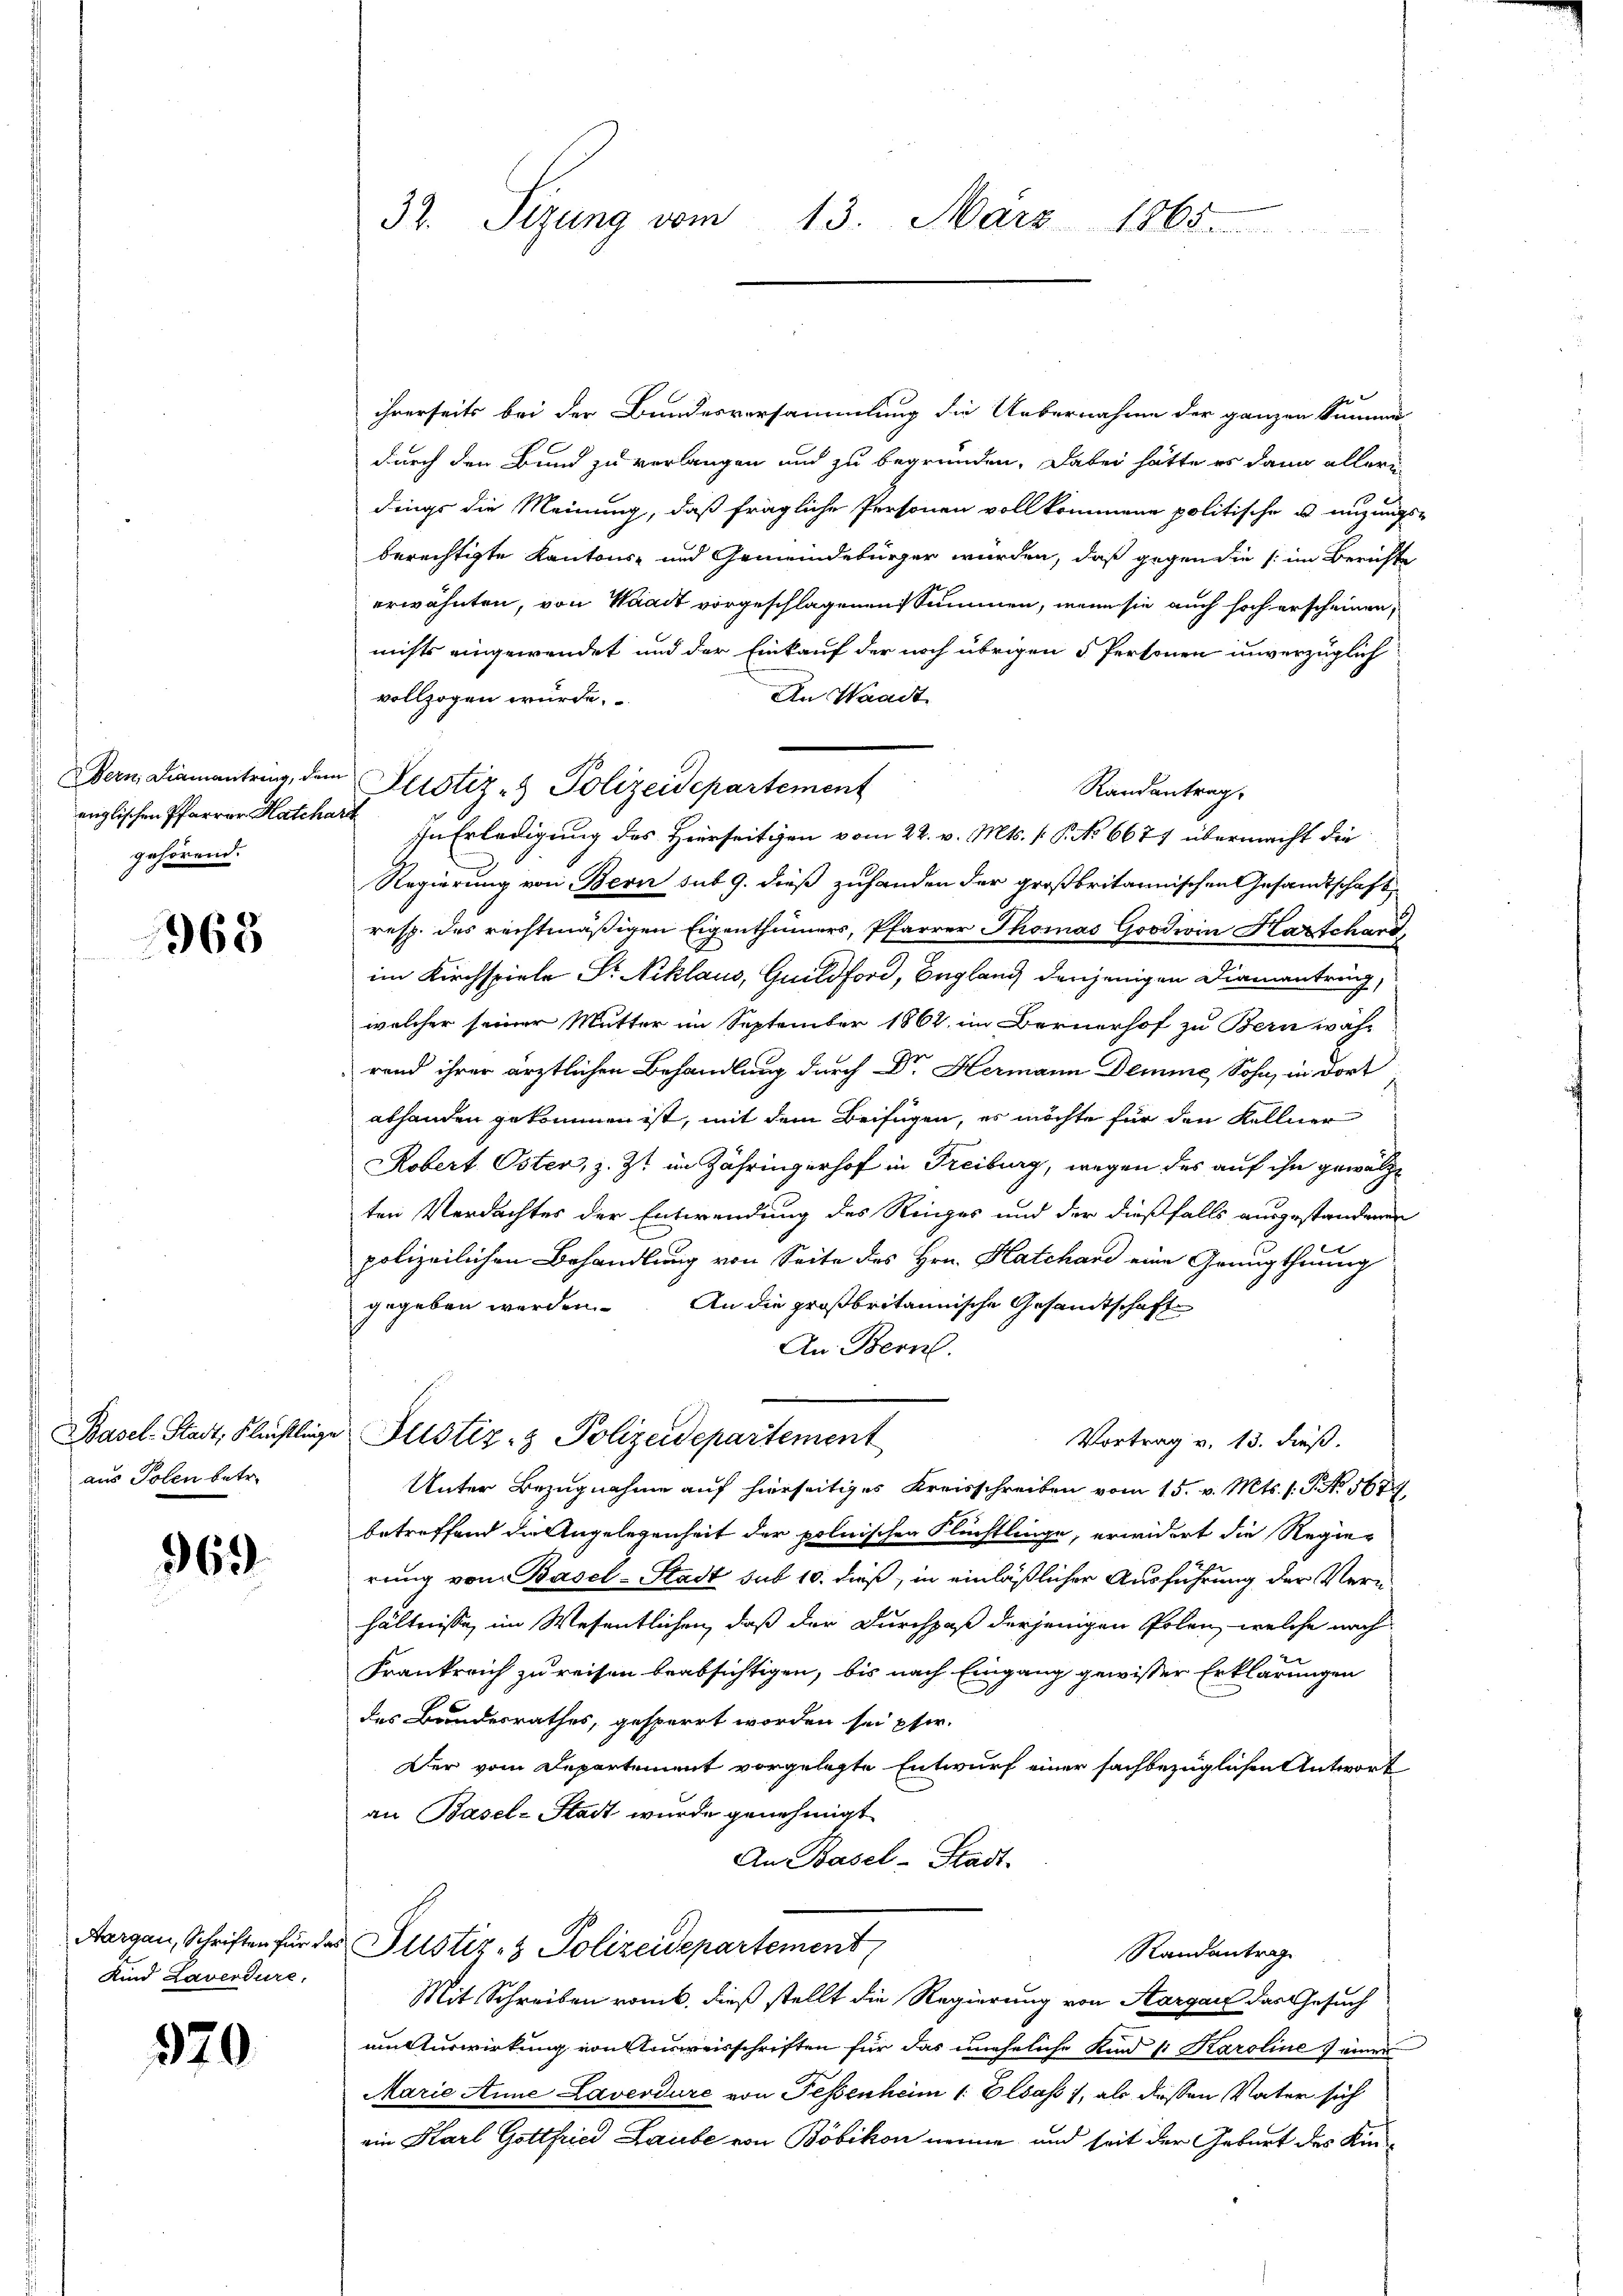
Bern Diamantring, den
englischen Pfarrer Hatcha
gehörend.

968

aus Polen betr.

369.

Aargau, Schriften für dar
Kind Laverdüre,

320.

32. Sizung vom 13. März 1865.

Justiz- & Polizeidepartement

ihrerseits bei der Bundesversammlung die Uebernahme der ganzen Summe
durch den Bund zu verlangen und zu begründen. Dabei hätte es dann alleri
dings die Meinung, daß frägliche Personen vollkommene politische u migungs
berechtigte Kantons- und Gemeindebürger wurden, daß gegen die (im Berichte
erwähnten, von Waadt vorgeschlagenen Summen, wenn sie auch hoch erscheinen,
nichts eingewendet und der Einkauf der noch übrigen 5 Personen unverzüglich
vollzogen würde.
An Waadt
Randantrag
 In Erledigung des Hierseitigen vom 22. v. Mts. f. P. No 6671 übermacht die
Regierung von Bern sub 9. dieß zuhanden der großbritannischen Gesandtschaft,
resp. des rechtmäßigen Eigenthümers, Pfarrer Thomas Goodiin Harschard,
im Kirchspiele Dr. Niklaus, Guildford, England denjenigen Diamantring,
welcher seiner Mutter im September 1862 im Bernerhof zu Bern wahr
rend ihrer ärztlichen Behandlung durch Dr Hermann Demme Sohn, in dort
abhanden gekommen ist, mit dem Beifügen, es möchte für den Kellner
Robert Oster, z. Zt. im Zähringerhof in Freiburg, wegen des auf ihn gewalze
ten Verdachtes der Entwendung des Ringes und der dießfalls ausgestandenen
polizeilichen Behandlung von Seite des Hrn. Hatchard eine Grüngthuung
gegeben werden. An die großbritannische Gesandtschaft
An Bern.
Basel-Stadt, Flüchtlinge Justiz- & Polizeidepartement
Vortrag v. 13. dieß.
Unter Bezugnahme auf hierseitiges Kreisschreiben vom 15. v. Mts. s. S. No. 5684
betreffend die Angelegenheit der polnischen Flüchtlinge, erwidert die Regierung von Basel-Stadt sub 10. dieß, in einläßlicher Ausführung der Vernhältnisse im Wesentlichen, daß der Durchpaß derjenigen Polen, welche nach
Frankreich zu reisen beabsichtigen, bis nach Eingang gewisser Erklärungen
des Brundesrathes, gesperrt worden sei pfer.
Der vom Departement vorgelegte Entwurf einer sachbezüglichen Antwort
an Basel-Stadt wurde genehmigt.
An Basel-Stadt-
Justiz- & Polizeidepartement
Randantrag
Mit Schreiben rank, dieß stellt die Regierung von Aargau das Gesuch
um Auswirkung von Ausweisschriften für das uneheliche Kind 11 Karoline einer
Marie Anne Laverdüre von Fessenheim 1. Elsass, als dessen Vater sich
ein Karl Gottfried Laube von Böbikon nenne und seit der Geburt des Kin¬